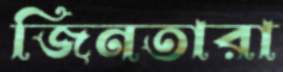
জিনতারা